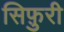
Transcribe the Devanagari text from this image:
सिफ़ुरी